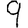
Digit: 9